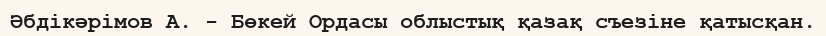
Әбдікәрімов А. - Бөкей Ордасы облыстық қазақ съезіне қатысқан.